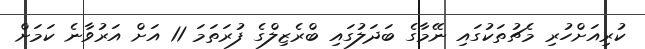
ކުރިއަށްހުރި މެޗުތަކުގައި ނޭމާގެ ބަދަލުގައި ބްރެޒިލްގެ ފުރަތަމަ 11 އަށް އަރުވާނެ ކަމަށް